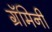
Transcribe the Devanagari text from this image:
ग्रॅमिनी